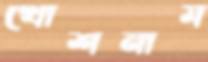
খোশনাম